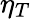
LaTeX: \eta_{T}